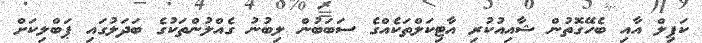
ކަޕިލް އާއި ބެހޭގޮތުން ޝާއިއުކުރި އާޓިކަލްތަކެއްގެ ސަބަބުން ލިބުނު ގެއްލުންތަކުގެ ބަދަލުގައި ޕަބްލިކަށް